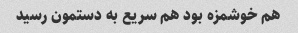
هم خوشمزه بود هم سریع به دستمون رسید